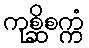
ကုစ္ဆိစက္ကံ